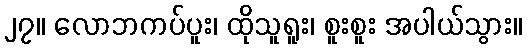
၂၇။ လောဘကပ်ပူး၊ ထိုသူရူး၊ စူးစူး အပါယ်သွား။